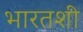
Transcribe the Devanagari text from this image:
भारतशी